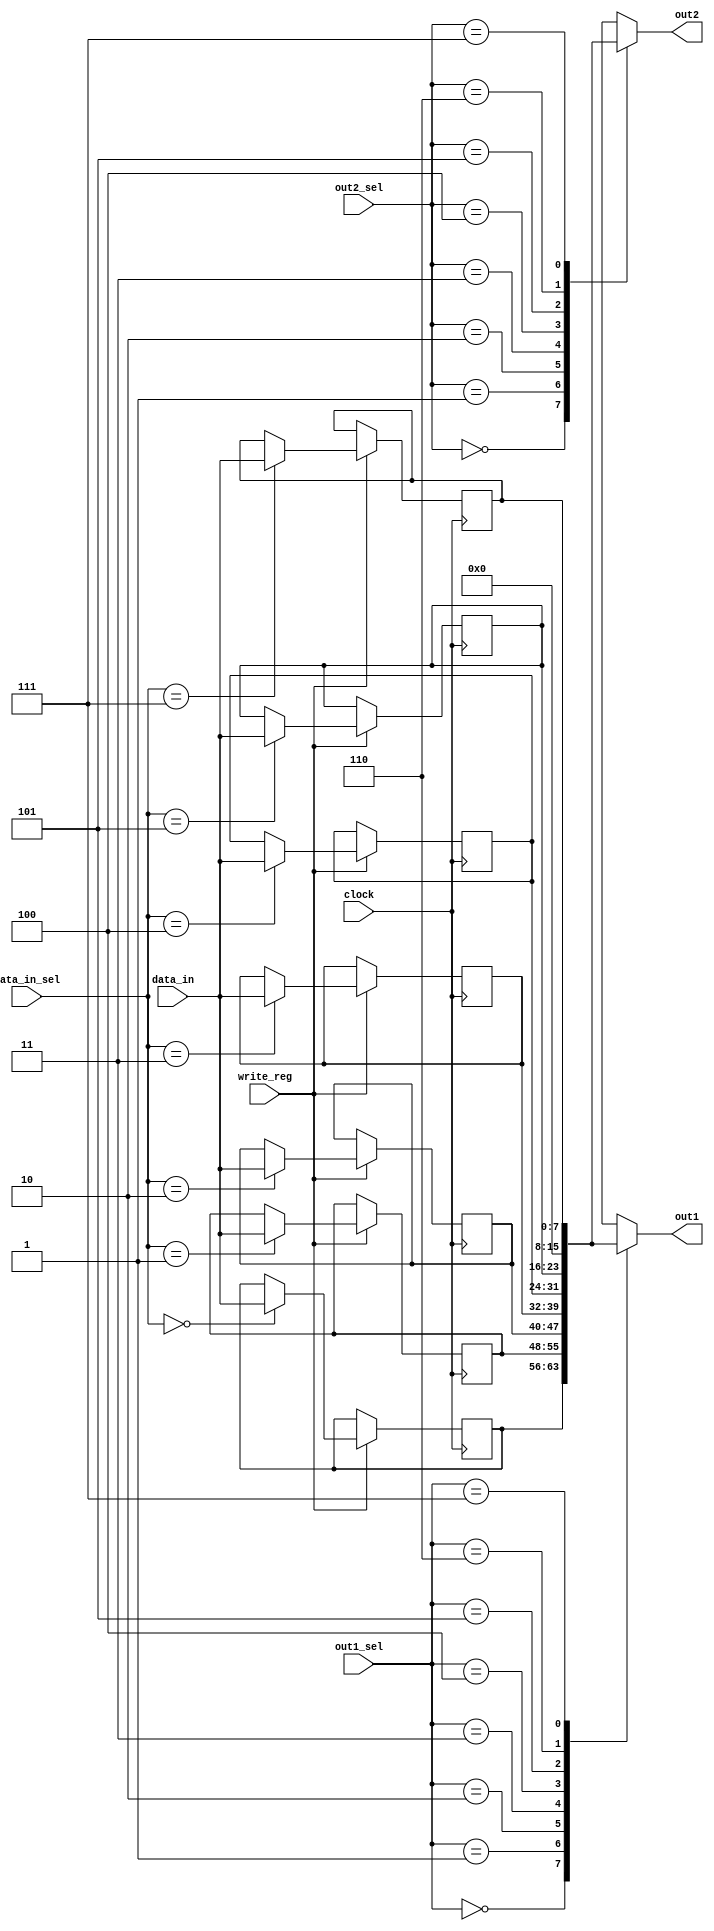
`timescale 1ns / 1ns

module reg_file(
    input clock,

    input [2:0]out1_sel,
    input [2:0]out2_sel,

    input [7:0]data_in,
    input [2:0]data_in_sel,
    input write_reg,

    output [7:0]out1,
    output [7:0]out2
    );


    reg [7:0]true_registers[6:0];

    initial
    begin
        true_registers[0] = 'h00;
        true_registers[1] = 'h00;
        true_registers[2] = 'hFF;
        true_registers[3] = 'h56;
        true_registers[4] = 'h00;
        true_registers[5] = 'h0D;
        true_registers[6] = 'h11;
    end

    wire [7:0]registers[7:0];

    assign registers[0] = true_registers[0];
    assign registers[1] = true_registers[1];
    assign registers[2] = true_registers[2];
    assign registers[3] = true_registers[3];
    assign registers[4] = true_registers[4];
    assign registers[5] = true_registers[5];
    assign registers[6] = 'd0; // Use (HL) as a zero register
    assign registers[7] = true_registers[6];

    assign out1 = registers[out1_sel];
    assign out2 = registers[out2_sel];


    integer i;
    always @(posedge clock)
    begin

        true_registers[0] <= true_registers[0];
        true_registers[1] <= true_registers[1];
        true_registers[2] <= true_registers[2];
        true_registers[3] <= true_registers[3];
        true_registers[4] <= true_registers[4];
        true_registers[5] <= true_registers[5];
        true_registers[6] <= true_registers[6];

        if (write_reg == 'd1)
        begin
            case (data_in_sel)
                'd0: true_registers[0] <= data_in;
                'd1: true_registers[1] <= data_in;
                'd2: true_registers[2] <= data_in;
                'd3: true_registers[3] <= data_in;
                'd4: true_registers[4] <= data_in;
                'd5: true_registers[5] <= data_in;
                'd6: true_registers[0] <= true_registers[0];
                'd7: true_registers[6] <= data_in;
            endcase
        end

    end

    wire [7:0]reg_b;
    wire [7:0]reg_c;
    wire [7:0]reg_d;
    wire [7:0]reg_e;
    wire [7:0]reg_h;
    wire [7:0]reg_l;
    wire [7:0]reg_a;

    assign reg_b = true_registers[0];
    assign reg_c = true_registers[1];
    assign reg_d = true_registers[2];
    assign reg_e = true_registers[3];
    assign reg_h = true_registers[4];
    assign reg_l = true_registers[5];
    assign reg_a = true_registers[6];

    wire [15:0]debug_reg_bc;
    wire [15:0]debug_reg_de;
    wire [15:0]debug_reg_hl;

    assign debug_reg_bc = {reg_b, reg_c};
    assign debug_reg_de = {reg_d, reg_e};
    assign debug_reg_hl = {reg_h, reg_l};

endmodule